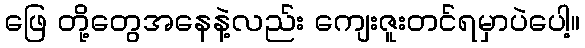
ဖြေ တို့တွေအနေနဲ့လည်း ကျေးဇူးတင်ရမှာပဲပေါ့။